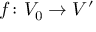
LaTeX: f \colon V _ { 0 } \rightarrow V ^ { \prime }